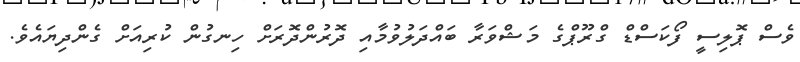
ވެސް ޕޮލިސީ ފޯކަސްޑް ގްރޫޕްގެ މަޝްވަރާ ބައްދަލުވުމާއި ދޮރުންދޮރަށް ހިނގުން ކުރިއަށް ގެންދިޔައެވެ.